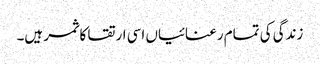
زندگی کی تمام رعنائیاں اسی ارتقا کا ثمر ہیں۔